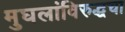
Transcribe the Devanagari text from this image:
मुघलांविरुद्धचा